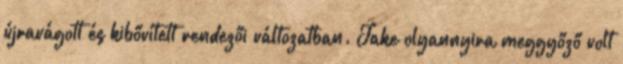
újravágott és kibővített rendezői változatban. Jake olyannyira meggyőző volt